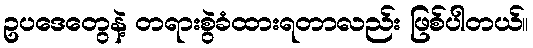
ဥပဒေတွေနဲ့ တရားစွဲခံထားရတာလည်း ဖြစ်ပါတယ်။